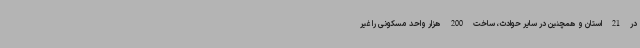
در 21 استان و همچنین در سایر حوادث، ساخت 200 هزار واحد مسکونی را غیر